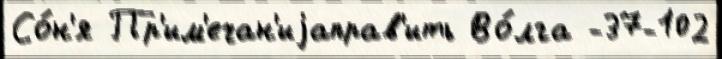
Со́н'я Пр'им'ечан'иjаправ'ить Во́лга -37-102